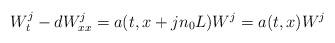
LaTeX: \begin{align*}W^j_t-dW^j_{xx}=a(t,x+jn_0L)W^j=a(t,x)W^j\end{align*}